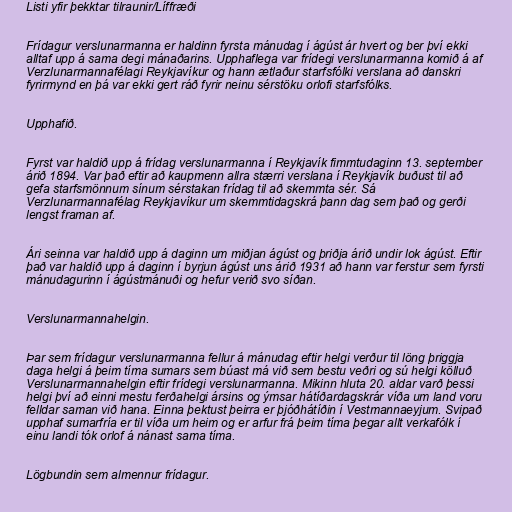
Listi yfir þekktar tilraunir/Líffræði

Frídagur verslunarmanna er haldinn fyrsta mánudag í ágúst ár hvert og ber því ekki
alltaf upp á sama degi mánaðarins. Upphaflega var frídegi verslunarmanna komið á af
Verzlunarmannafélagi Reykjavíkur og hann ætlaður starfsfólki verslana að danskri
fyrirmynd en þá var ekki gert ráð fyrir neinu sérstöku orlofi starfsfólks.

Upphafið.

Fyrst var haldið upp á frídag verslunarmanna í Reykjavík fimmtudaginn 13. september
árið 1894. Var það eftir að kaupmenn allra stærri verslana í Reykjavík buðust til að
gefa starfsmönnum sínum sérstakan frídag til að skemmta sér. Sá
Verzlunarmannafélag Reykjavíkur um skemmtidagskrá þann dag sem það og gerði
lengst framan af.

Ári seinna var haldið upp á daginn um miðjan ágúst og þriðja árið undir lok ágúst. Eftir
það var haldið upp á daginn í byrjun ágúst uns árið 1931 að hann var ferstur sem fyrsti
mánudagurinn í ágústmánuði og hefur verið svo síðan.

Verslunarmannahelgin.

Þar sem frídagur verslunarmanna fellur á mánudag eftir helgi verður til löng þriggja
daga helgi á þeim tíma sumars sem búast má við sem bestu veðri og sú helgi kölluð
Verslunarmannahelgin eftir frídegi verslunarmanna. Mikinn hluta 20. aldar varð þessi
helgi því að einni mestu ferðahelgi ársins og ýmsar hátíðardagskrár víða um land voru
felldar saman við hana. Einna þektust þeirra er þjóðhátíðin í Vestmannaeyjum. Svipað
upphaf sumarfría er til víða um heim og er arfur frá þeim tíma þegar allt verkafólk í
einu landi tók orlof á nánast sama tíma.

Lögbundin sem almennur frídagur.